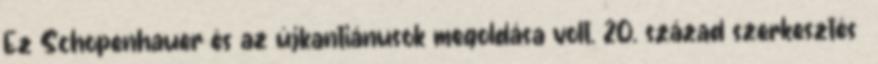
Ez Schopenhauer és az újkantiánusok megoldása volt. 20. század szerkesztés